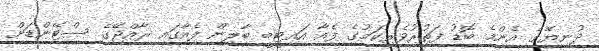
ދުނިޔޭގެ އެންމެ ބޮޑު ފަތުރުވެރިކަމުގެ ފެއާ އައިޓީބީ ބާލިން ފެއާގައި ރާއްޖޭގެ ސްޓޭންޑަށް